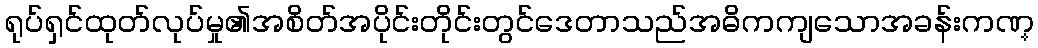
ရုပ်ရှင်ထုတ်လုပ်မှု၏အစိတ်အပိုင်းတိုင်းတွင်ဒေတာသည်အဓိကကျသောအခန်းကဏ္